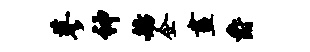
蓼神舫企画爵